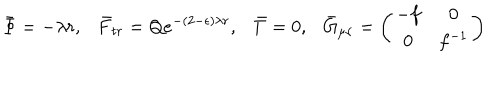
LaTeX: \bar { \Phi } = - \lambda r , \bar { F } _ { t r } = Q e ^ { - ( 2 - \epsilon ) \lambda r } , \bar { T } = 0 , \bar { G } _ { \mu \nu } = \left( \begin{array} { c c } { { - f } } & { { 0 } } \\ { { 0 } } & { { f ^ { - 1 } } } \\ \end{array} \right)